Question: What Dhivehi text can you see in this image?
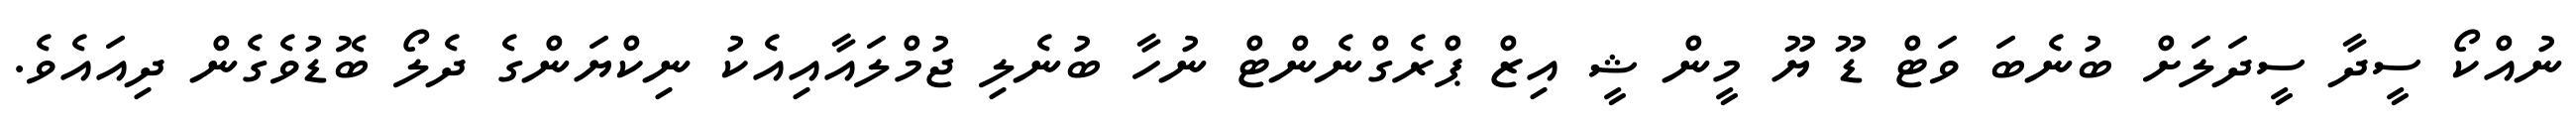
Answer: ނުއްކޯ ސީދާ ސީދަލަށް ބުނެބަ ވަޓް ޑޫ ޔޫ މީން ޝީ އިޒް ޕްރެގްނެންޓް ނުހާ ބުނެލި ޖުމްލައާއިއެކު ނިކްޔަންގެ ދެލޯ ބޮޑުވެގެން ދިއައެވެ.